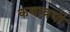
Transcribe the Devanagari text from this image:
कथात्रयी